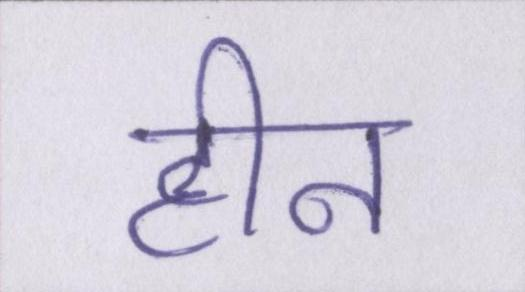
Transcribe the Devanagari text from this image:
हीन